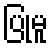
ပြုမူ